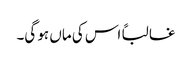
غالباً اس کی ماں ہو گی۔